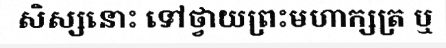
សិស្សនោះ ទៅថ្វាយព្រះមហាក្សត្រ ឬ